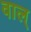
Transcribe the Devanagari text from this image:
वाल्